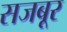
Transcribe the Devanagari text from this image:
सजबूर